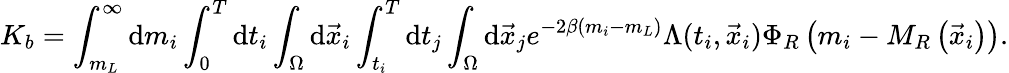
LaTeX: K_{b}=\int_{m_{L}}^{\infty}\mathrm{d}m_{i}\int_{0}^{T}\mathrm{d}t_{i}\int_{\Omega}\mathrm{d}\vec{{x}}_{i}\int_{t_{i}}^{T}\mathrm{d}t_{j}\int_{\Omega}\mathrm{d}\vec{{x}}_{j}e^{-2\beta(m_{i}-m_{L})}\Lambda(t_{i},\vec{{x}}_{i})\Phi_{R}\left(m_{i}-M_{R}\left(\vec{{x}}_{i}\right)\right).